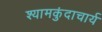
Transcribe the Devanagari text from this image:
श्यामकुंदाचार्य